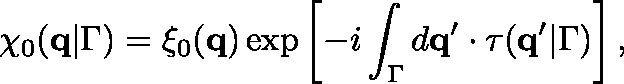
\chi _ { 0 } ( \mathbf { q } | \Gamma ) = \xi _ { 0 } ( \mathbf { q } ) \exp \left[ - i \int _ { \Gamma } d \mathbf { q } ^ { \prime } \cdot \mathbf { \tau } ( \mathbf { q } ^ { \prime } | \Gamma ) \right] ,